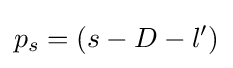
p_{s}=(s-D-l')